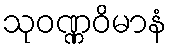
သုဝဏ္ဏဝိမာနံ